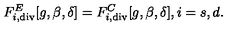
F _ { i , \tiny \mathrm { d i v } } ^ { E } [ g , \beta , \delta ] = F _ { i , \tiny \mathrm { d i v } } ^ { C } [ g , \beta , \delta ] , i = s , d .